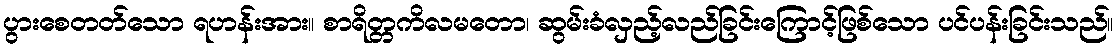
ပွားစေတတ်သော ရဟန်းအား။ စာရိတ္တကိလမတော၊ ဆွမ်းခံလှည့်လည်ခြင်းကြောင့်ဖြစ်သော ပင်ပန်းခြင်းသည်။